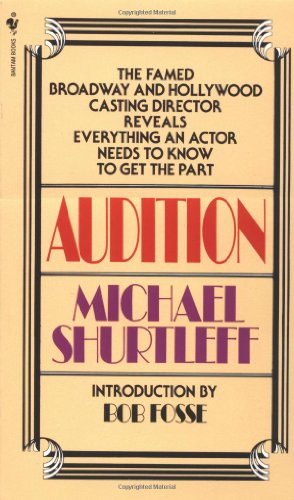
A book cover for Audition; Michael Shurtleff; Humor & Entertainment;